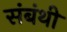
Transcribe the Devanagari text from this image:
संबंथी